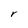
Character: r